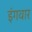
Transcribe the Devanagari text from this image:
इंगवार